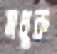
মধুক